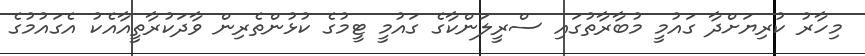
މިހާރު ކުރިޔަށްދާ ގައުމީ މުބާރާތުގައި ސްރީލަންކާގެ ގައުމީ ޓީމުގެ ކުޅުންތެރިން ވާދަކުރާތީއާއެކު އެގައުމުގެ